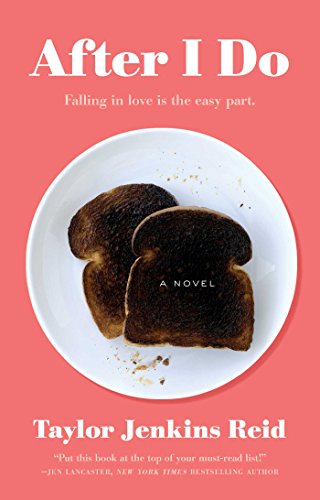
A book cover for After I Do: A Novel; Taylor Jenkins Reid; Literature & Fiction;